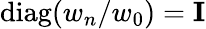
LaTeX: \mathrm{diag}(w_{n}/w_{0})={\mathbf I}